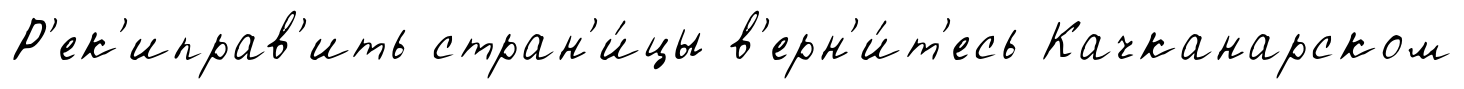
Р'ек'иправ'ить стран'и́цы в'ерн'и́т'есь Качканарском